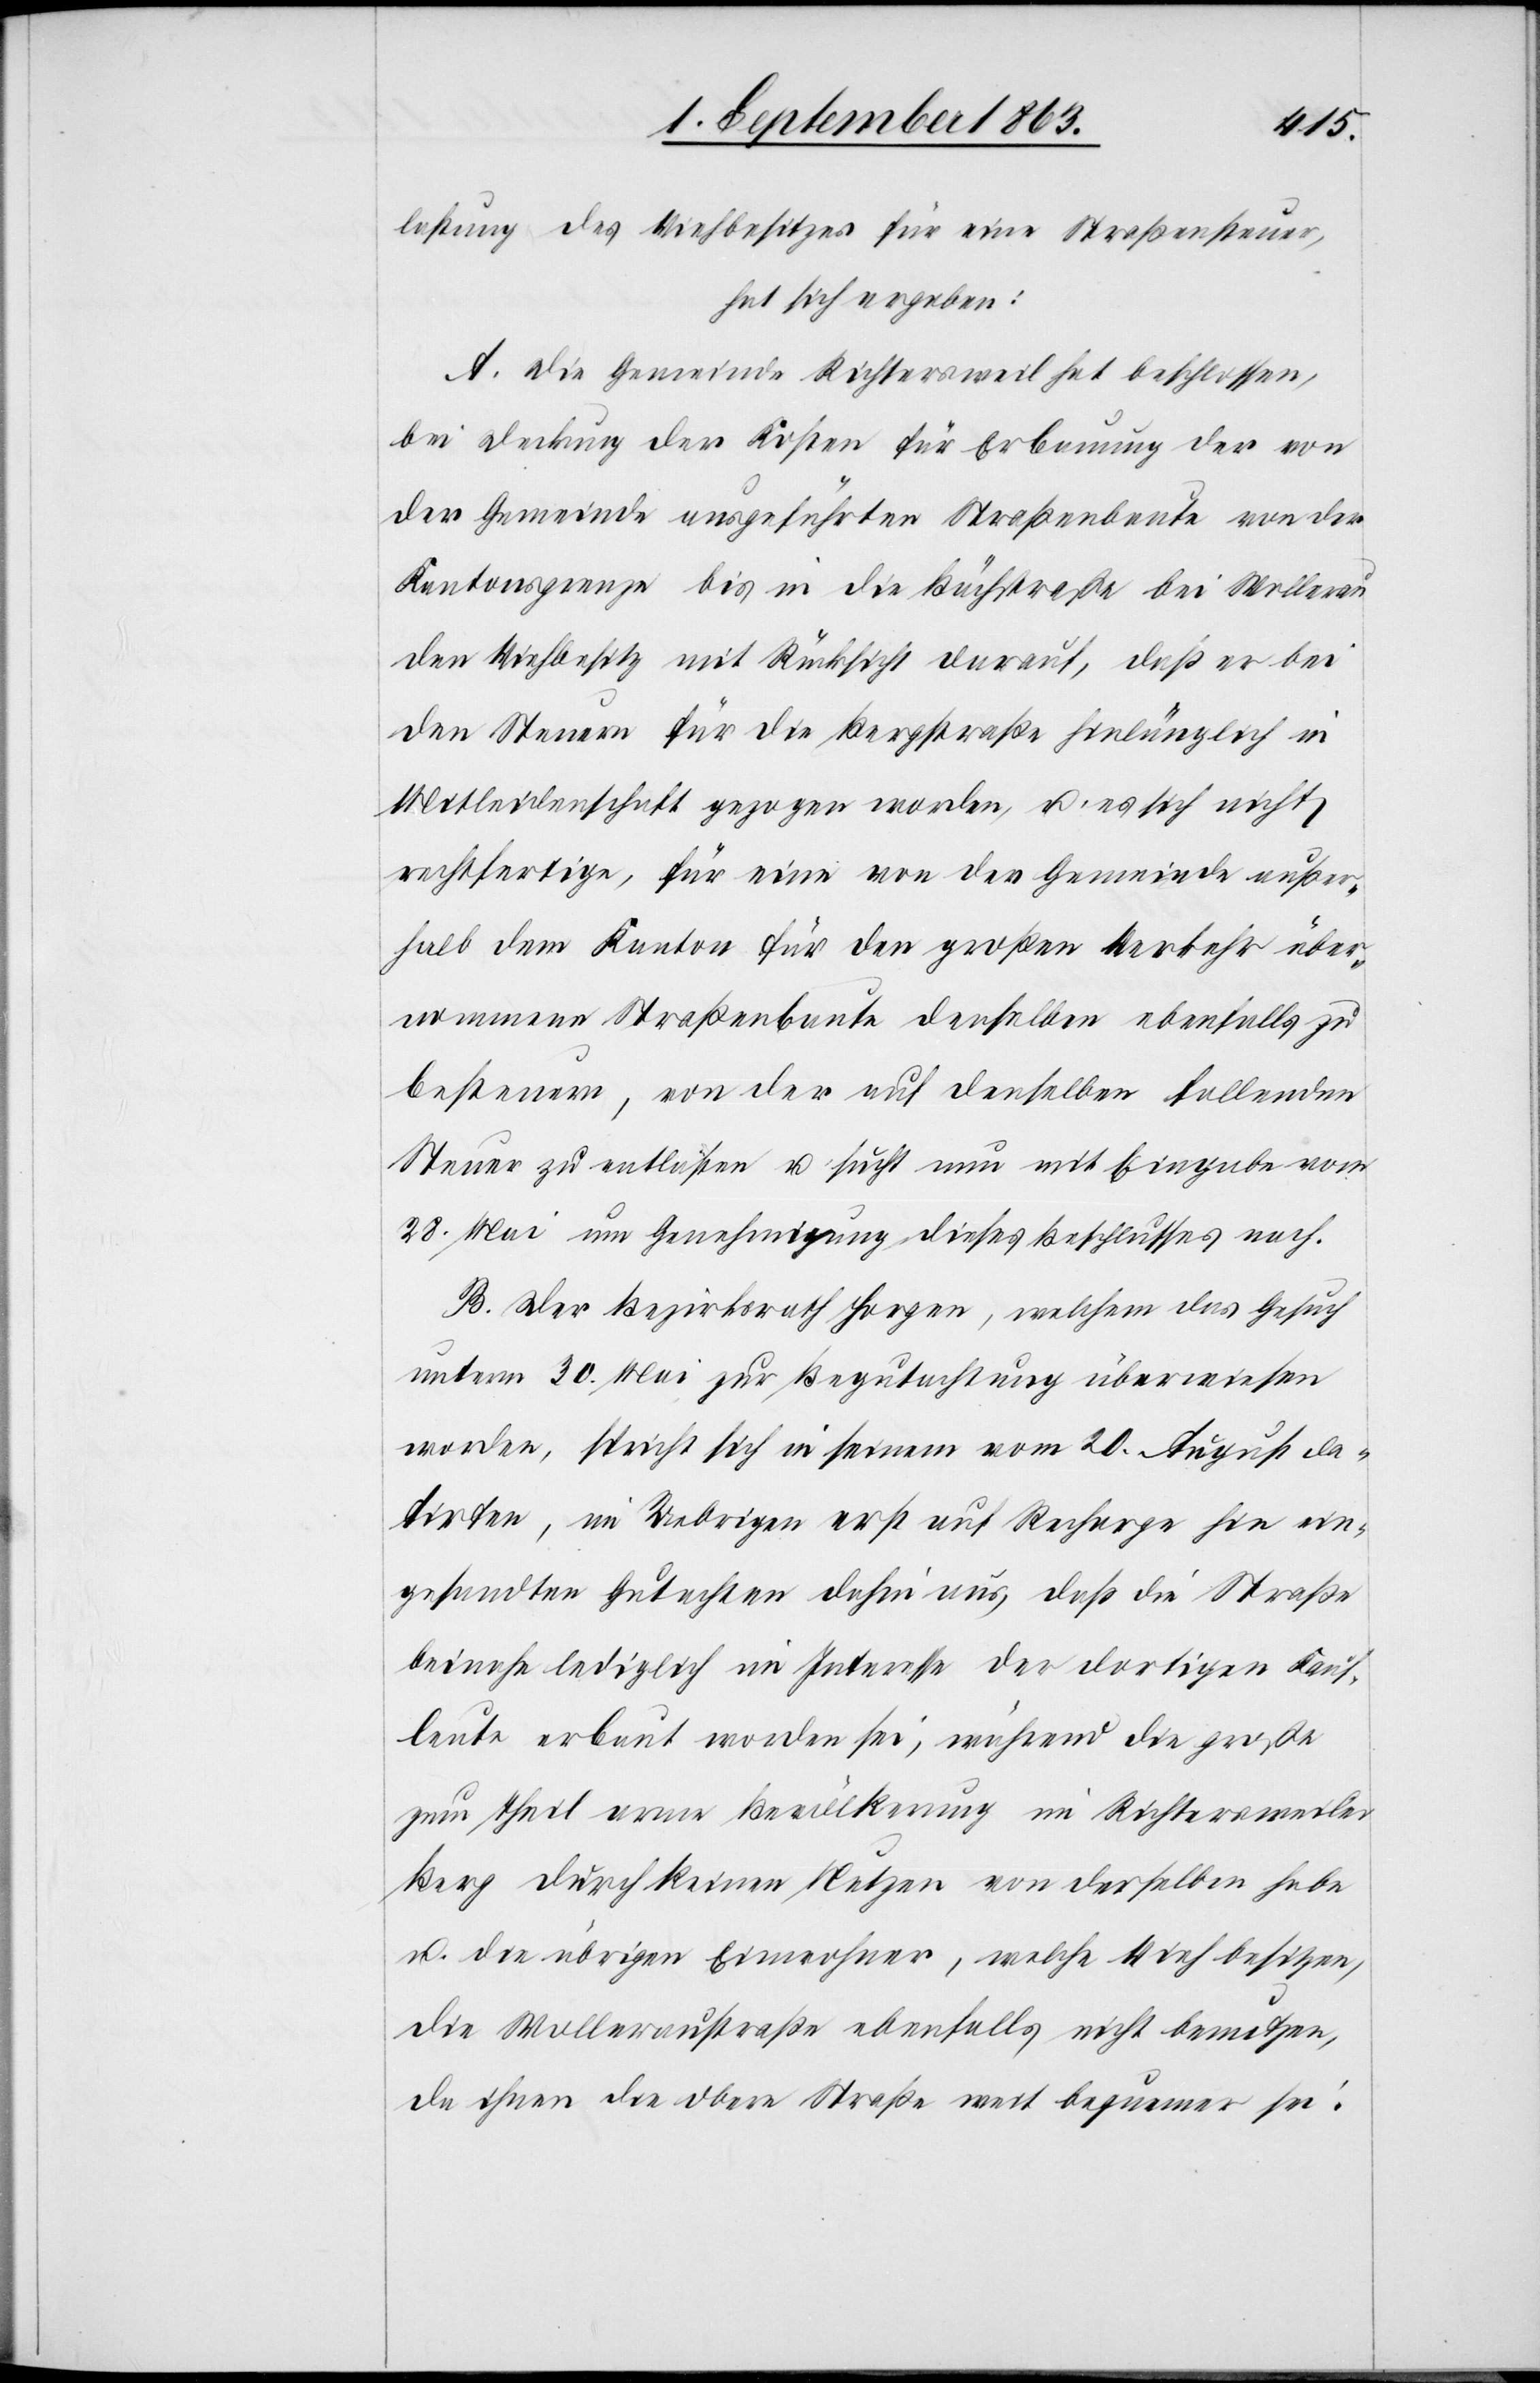
lastung des Viehbesitzes für eine Straßensteuer,
hat sich ergeben:
A. Die Gemeinde Richtersweil hat beschlossen,
bei Deckung der Kosten für Erbauung der von
der Gemeinde ausgeführten Straßenbaute von der
Kantonsgrenze bis in die Bächstraße bei Wollerau
den Viehbesitz mit Rücksicht darauf, daß er bei
den Steuern für die Bergstraße hinlänglich in
Mitleidenschaft gezogen worden, u. es sich nicht
rechtfertige, für eine von der Gemeinde außer¬
halb dem Kanton für den großen Verkehr über¬
nommene Straßenbaute denselben ebenfalls zu
besteuern, von der auf denselben fallenden
Steuer zu entlasten u. sucht nun mit Eingabe vom
28. Mai um Genehmigung dieses Beschlusses nach.
B. Der Bezirksrath Horgen, welchem das Gesuch
unterm 30. Mai zur Begutachtung überwiesen
worden, spricht sich in seinem vom 20. August da¬
tirten, im Uebrigen erst auf Recharge hin ein¬
gesandten Gutachten dahin aus, daß die Straße
beinahe lediglich im Interesse der dortigen Kauf¬
leute erbaut worden sei, während die große
zum Theil arme Bevölkerung im Richtersweiler
Berg durch keinen Nutzen von derselben habe
u. die übrigen Einwohner, welche Vieh besitzen,
die Wolleraustraße ebenfalls nicht benutzen,
da ihnen die obere Straße weit bequemer sei.